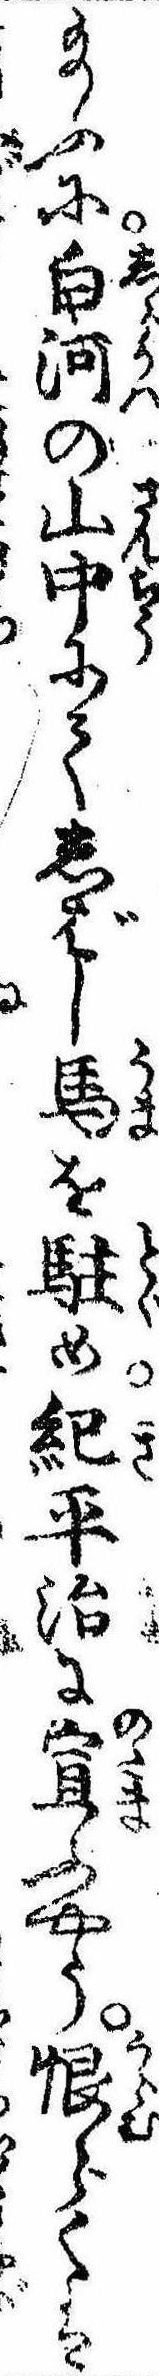
給ふに白河の山中にてしばし馬を駐め紀平治に宣ふやう恨らくは